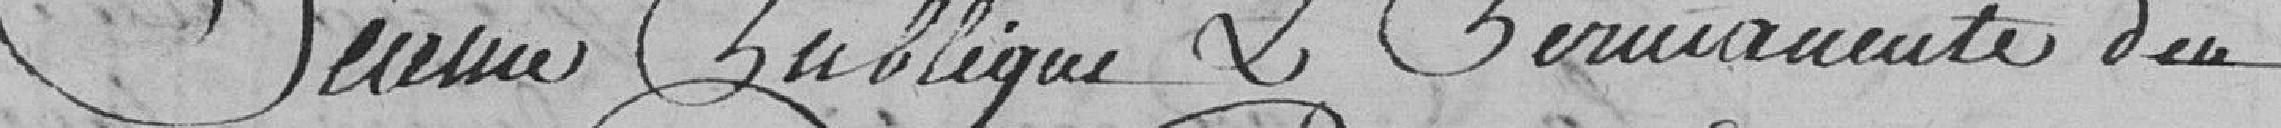
Séance publique er permanente du